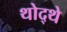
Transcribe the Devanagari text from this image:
थोद्थे